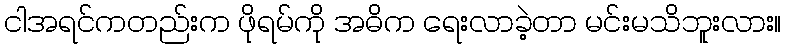
ငါအရင်ကတည်းက ဖိုရမ်ကို အဓိက ရေးလာခဲ့တာ မင်းမသိဘူးလား။